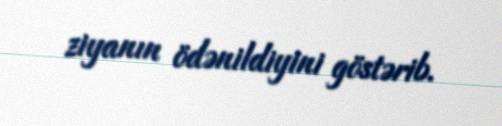
ziyanın ödənildiyini göstərib.